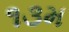
૧૩મ